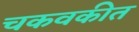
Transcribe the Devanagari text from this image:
चकवकीत